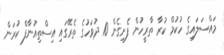
މައްސަލައިގެ ހުކުމް ކުރާ ތާރީހުން ފެށިގެން 10 ދުވަހުގެ ތެރޭގައި އިސްތިއުނާފް ކުރަން